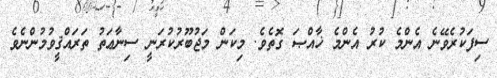
ސިފަކުރެވޭނެ އެންމެ ކުރު އެންމެ ޚާއްޞަ ގޮތެވެ. މިކަން މަޖުބޫރުކުރަނީ ސިނާޢަތު ތަރައްޤީވުމުންނެވެ